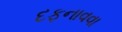
દફનાવવા